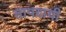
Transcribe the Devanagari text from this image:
तापदायी